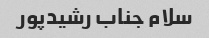
سلام جناب رشیدپور